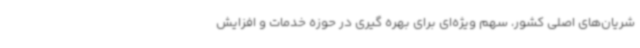
شریان‌های اصلی کشور، سهم ویژه‌ای برای بهره گیری در حوزه خدمات و افزایش